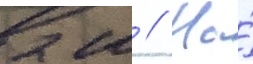
2 м // На́